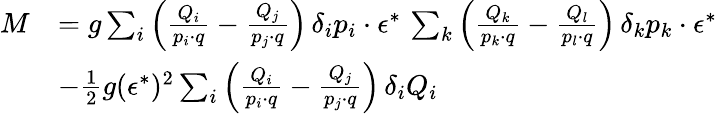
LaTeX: \begin{array}{rl}{{M}}&{{=g\sum_{i}\left({\frac{Q_{i}}{p_{i}\cdot q}}-{\frac{Q_{j}}{p_{j}\cdot q}}\right)\, \delta_{i}p_{i}\cdot\epsilon^{*}\, \sum_{k}\left({\frac{Q_{k}}{p_{k}\cdot q}}-{\frac{Q_{l}}{p_{l}\cdot q}}\right)\, \delta_{k}p_{k}\cdot\epsilon^{*}}}\\ {{}}&{{-{\frac{1}{2}}g(\epsilon^{*})^{2}\sum_{i}\left({\frac{Q_{i}}{p_{i}\cdot q}}-{\frac{Q_{j}}{p_{j}\cdot q}}\right)\, \delta_{i}Q_{i}}}\end{array}